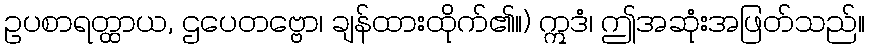
ဥပစာရတ္ထာယ, ဌပေတဗ္ဗော၊ ချန်ထားထိုက်၏။) ဣဒံ၊ ဤအဆုံးအဖြတ်သည်။